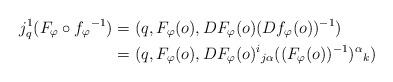
LaTeX: \begin{align*}j^1_q(F_\varphi\circ f_\varphi{}^{-1})&=(q,F_\varphi(o),DF_\varphi(o)(Df_\varphi(o))^{-1})\\*&=(q,F_\varphi(o),DF_\varphi(o)^i{}_{j\alpha}((F_\varphi(o))^{-1})^\alpha{}_k)\end{align*}